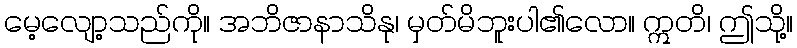
မေ့လျော့သည်ကို။ အဘိဇာနာသိနု၊ မှတ်မိဘူးပါ၏လော။ ဣတိ၊ ဤသို့။